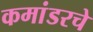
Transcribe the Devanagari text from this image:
कमांडरचे